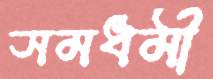
সমধর্মী